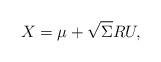
LaTeX: \begin{align*}X=\mu +\sqrt{\Sigma}RU,\end{align*}